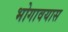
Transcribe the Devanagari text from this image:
भोगावयास